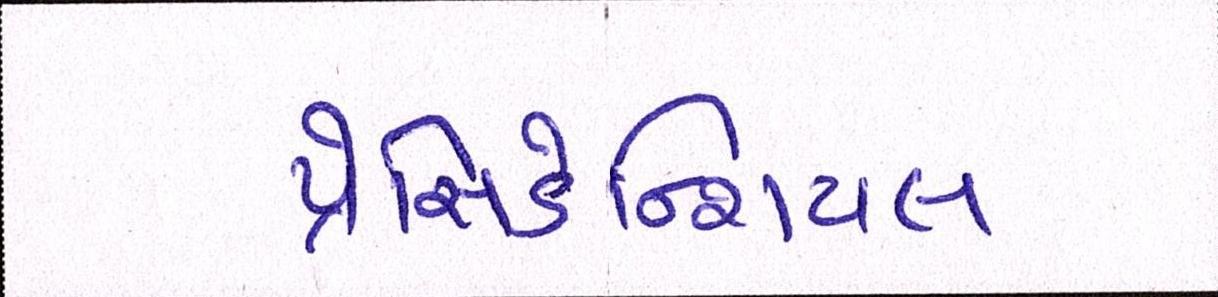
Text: પ્રેસિડેન્શિયલ